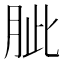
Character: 𦚚